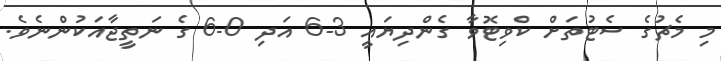
މި މެޗުގެ ސެޓުތަށް ކްވިޓޮވާ ގެންދިޔައީ 3-6 އަދި 0-6 ގެ ނަތީޖާއަކުންނެވެ.